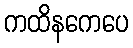
ကထိနကေပေ